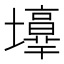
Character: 𡓑